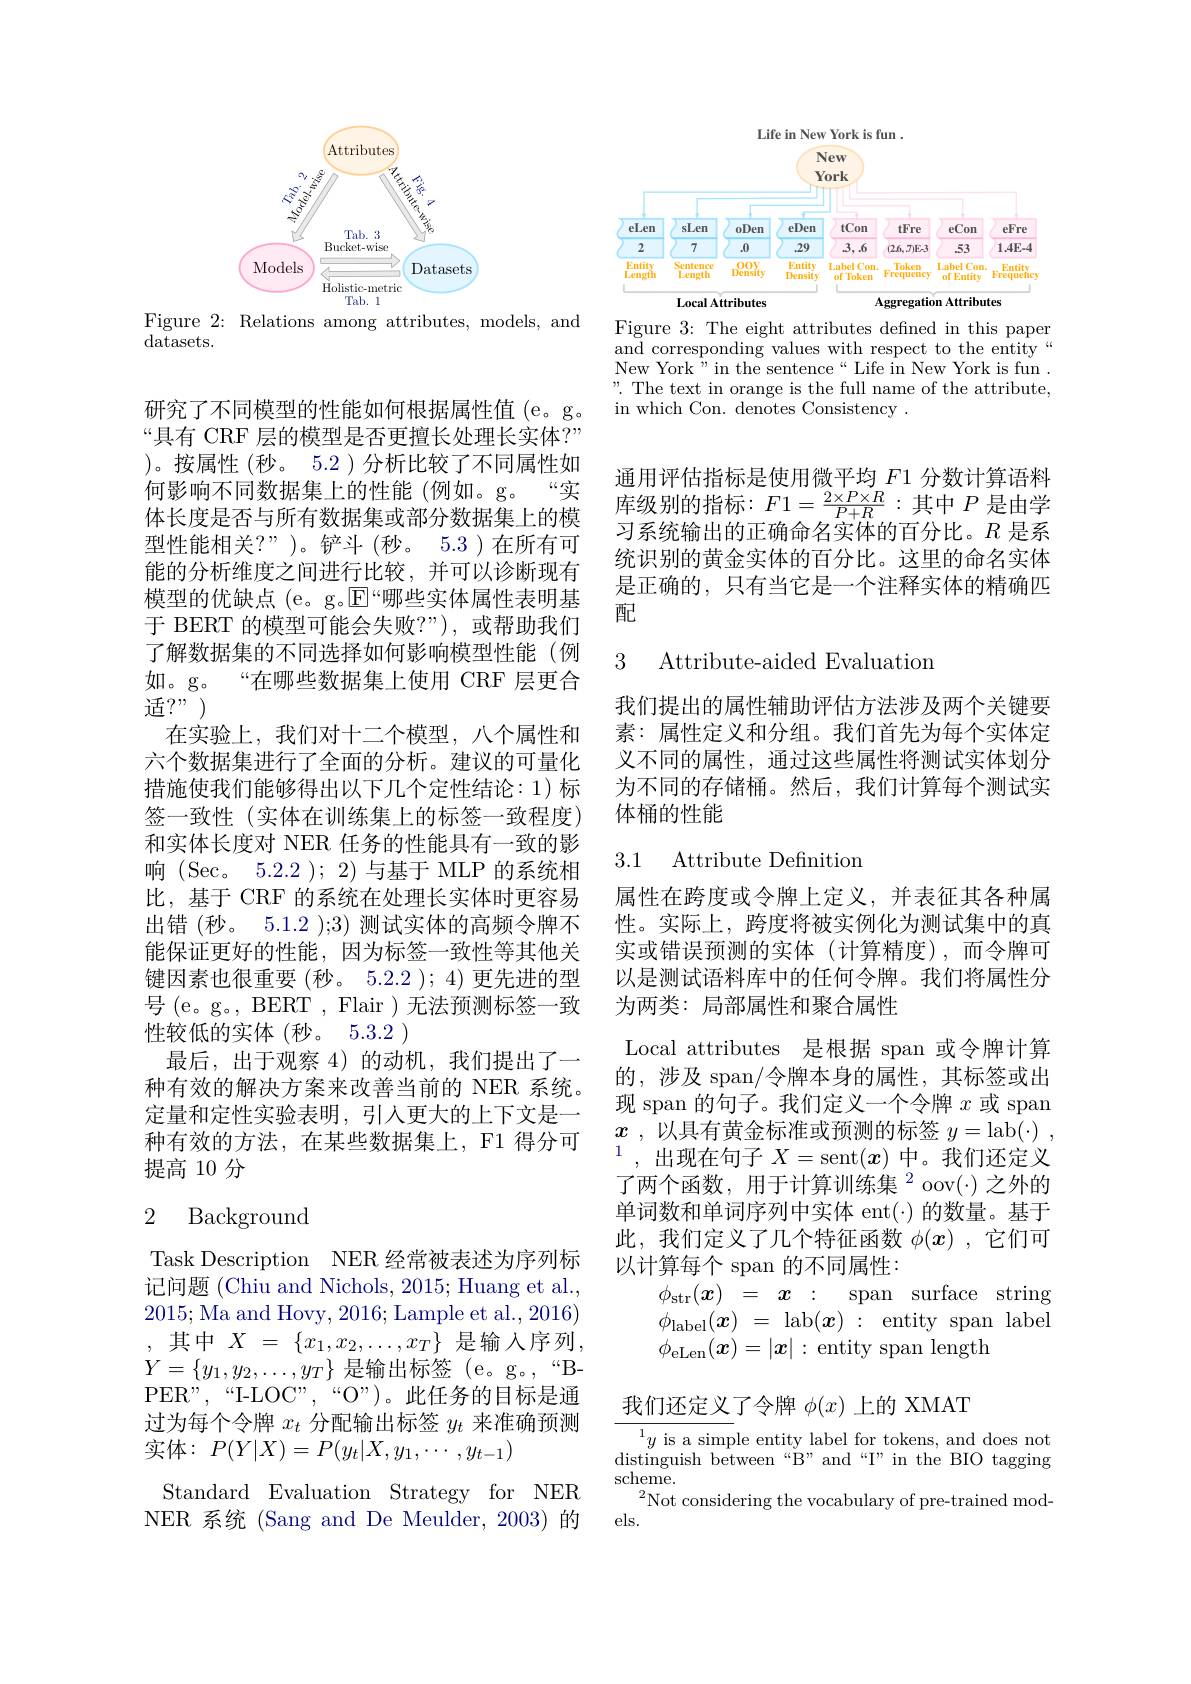
Life in New York is fun .
<FigureHere>
Figure 3: The eight attributes defned in this paper

and corresponding values with respect to the entity New York" in the sentence“ Life in New York is fun . " The text in orange is the full name of the attribute, in which Con. denotes Consistency .

<FigureHere>
Figure 2: Relations among attributes, models, and

datasets.

研究了不同模型的性能如何根据属性值(e。g。“具有 CRF 层的模型是否更擅长处理长实体？” )。按属性(秒。5.2)分析比较了不同属性如何影响不同数据集上的性能(例如。g。“实体长度是否与所有数据集或部分数据集上的模型性能相关？”)。铲斗(秒。5.3)在所有可能的分析维度之间进行比较，并可以诊断现有模型的优缺点 (e。g。$\overline{\mathrm{E}}$“哪些实体属性表明基于 BERT 的模型可能会失败？”),或帮助我们了解数据集的不同选择如何影响模型性能(例如。g。“在哪些数据集上使用 CRF 层更合适$?”)$
在实验上，我们对十二个模型，八个属性和六个数据集进行了全面的分析。建议的可量化措施使我们能够得出以下几个定性结论：1)标签一致性(实体在训练集上的标签一致程度) 和实体长度对 NER 任务的性能具有一致的影响(Sec。5.2.2);2)与基于 MLP 的系统相比，基于 CRF 的系统在处理长实体时更容易出错 (秒。5.1.2 );3) 测试实体的高频令牌不能保证更好的性能，因为标签一致性等其他关键因素也很重要 (秒。5.2.2 ); 4) 更先进的型号( e。g。, BERT , Flair ) 无法预测标签一致性较低的实体(秒。5.3.2 )
最后，出于观察 4)的动机，我们提出了一种有效的解决方案来改善当前的 NER 系统。定量和定性实验表明，引入更大的上下文是一种有效的方法，在某些数据集上，F1 得分可提高 10 分

## 2 Background

Task Description NER 经常被表述为序列标记问题 (Chiu and Nichols, 2015; Huang et al., 2015;Ma and Hovy, 2016; Lample et al., 2016) 其中 $X$ = $\{ x_1, x_2, \ldots , x_T\}$ 是输入序列， $Y=\left\{y_{1},y_{2},\ldots,y_{T}\right\}$是输出标签(e。g。,“BPER",“I-LOC”,“O”)。此任务的目标是通过为每个令牌$x_t$分配输出标签$y_t$来准确预测实体：$P(Y|X)=P(y_{t}|X,y_{1},\cdots,y_{t-1})$
Standard Evaluation Strategy for NER NER 系统 (Sang and De Meulder, 2003) 的

通用评估指标是使用微平均 F1 分数计算语料库级别的指标：$F1=\frac{2\times P\times R}{P+R}:$其中$P$是由学习系统输出的正确命名实体的百分比。$R$是系统识别的黄金实体的百分比。这里的命名实体是正确的，只有当它是一个注释实体的精确匹配

3 Attribute-aided Evaluation

我们提出的属性辅助评估方法涉及两个关键要素：属性定义和分组。我们首先为每个实体定义不同的属性，通过这些属性将测试实体划分为不同的存储桶。然后，我们计算每个测试实体桶的性能

## 3.1 Attribute Defnition

属性在跨度或令牌上定义，并表征其各种属性。实际上，跨度将被实例化为测试集中的真实或错误预测的实体(计算精度),而令牌可以是测试语料库中的任何令牌。我们将属性分为两类：局部属性和聚合属性
Local attributes 是根据 span 或令牌计算的，涉及 span/令牌本身的属性，其标签或出现 span 的句子。我们定义一个令牌$x$或 span $x$ , 以 具 有 黄 金 标 准 或 预 测 的 标 签 $y=$lab$( \cdot )$ , ,出现在句子$X=\operatorname{sent}(x)$中。我们还定义了两个函数，用于计算训练集$^2$oov(\cdot)之外的单词数和单词序列中实体 ent(·) 的数量。基于此，我们定义了几个特征函数$\phi(x)$ ,它们可以计算每个 span 的不同属性：
$$\begin{aligned}&\phi_{\mathrm{str}}(\boldsymbol{x})\:=\:\boldsymbol{x}\::\:\mathrm{span}\:\mathrm{surface}\:\mathrm{string}\\&\phi_{\mathrm{label}}(\boldsymbol{x})\:=\:\mathrm{lab}(\boldsymbol{x})\::\:\mathrm{entity}\:\mathrm{span}\:\mathrm{label}\\&\phi_{\mathrm{eLen}}(\boldsymbol{x})=|\boldsymbol{x}|:\:\mathrm{entity}\:\mathrm{span}\:\mathrm{length}\end{aligned}$$
我们还定义了令牌$\phi(x)$上的 XMAT

${\overline{{^{1}y\text{ is a simp}}}}$le entity label for tokens, and does not $\operatorname*{distinguish~between~“B”and~“I”in~the~BIO~tagging}$ scheme.
$^{2}$Not considering the vocabulary of pre-trained mod-
els.